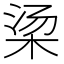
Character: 𬂱